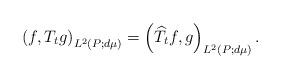
LaTeX: \begin{align*}\left(f, T_tg\right)_{L^2(P;d\mu)} = \left(\widehat T_tf, g\right)_{L^2(P;d\mu)}.\end{align*}